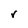
Character: r